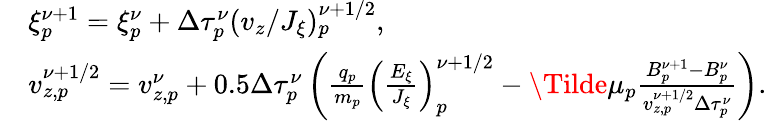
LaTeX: \begin{array}{rl}&{{\xi}_{p}^{\nu+1}={\xi}_{p}^{\nu}+\Delta\tau_{p}^{\nu}(v_{z}/J_{\xi})_{p}^{\nu+1/2},}\\ &{v_{z,p}^{\nu+1/2}=v_{z,p}^{\nu}+0.5\Delta\tau_{p}^{\nu}\left(\frac{q_{p}}{m_{p}}\left(\frac{E_{\xi}}{J_{\xi}}\right)_{p}^{\nu+1/2}-\Tilde{\mu}_{p}\frac{B_{p}^{\nu+1}-B_{p}^{\nu}}{v_{z,p}^{\nu+1/2}\Delta\tau_{p}^{\nu}}\right).}\end{array}